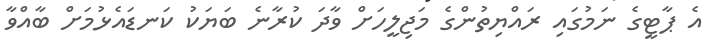
އެ ޕާޓީގެ ނަމުގައި ރައްޔިތުންގެ މަޖިލީހަށް ވާދަ ކުރާނެ ބަޔަކު ކަނޑައެޅުމަށް ބާއްވާ